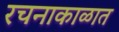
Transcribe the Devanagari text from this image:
रचनाकाळात